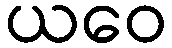
ယဝေ